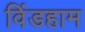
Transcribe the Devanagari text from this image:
विंडहाम